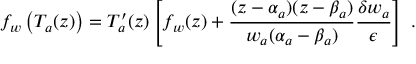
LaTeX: f _ { w } \left( T _ { a } ( z ) \right) = T _ { a } ^ { \prime } ( z ) \left[ f _ { w } ( z ) + \frac { ( z - \alpha _ { a } ) ( z - \beta _ { a } ) } { w _ { a } ( \alpha _ { a } - \beta _ { a } ) } \frac { \delta w _ { a } } { \epsilon } \right] \ .